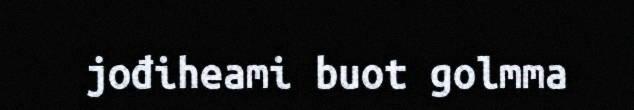
jođiheami buot golmma